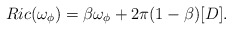
\begin{align*}Ric(\omega_\phi) = \beta \omega_\phi + 2\pi (1-\beta)[D].\end{align*}